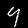
Label: 9